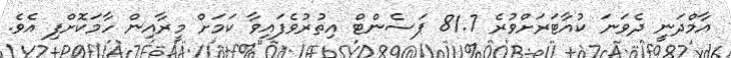
އާމްދަނީ ދެވަނަ ކުއާޓަރަށްވުރެ 81.7 ޕަސެންޓް އިތުރުވެފައިވާ ކަމަށް މީރާއިން ހާމަކޮށްފި އެވެ.